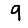
Digit: 9